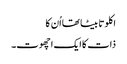
اکلوتا بیٹا تھا اُن کا
ذات کا ایک اچھوت۔